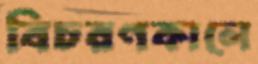
বিচরণকালে